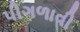
પીગળાવી